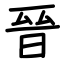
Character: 晉